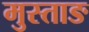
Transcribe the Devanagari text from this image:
मुस्ताङ